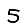
Digit: 5